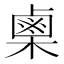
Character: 𭫪